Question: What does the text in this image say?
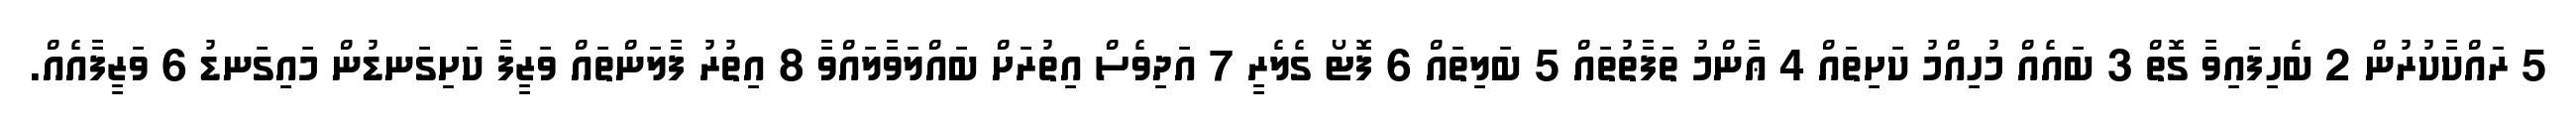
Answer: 5 ރައްކާކުރުން 2 ބެހިފައިވާ ގޮތް 3 ބައެއް މުހިއްމު ކަށިތައް 4 ޢާންމު ތަފާތުތައް 5 ބަލިތައް 6 ފޮޓޯ ގެލެރީ 7 އަދިވެސް އިތުރަށް ބައްލަވާލައްވާ 8 އިތުރު ފާލަންތައް ވަޒީފާ ކަށިގަނޑުން މައިގަނޑު 6 ވަޒީފާއެއް.